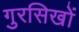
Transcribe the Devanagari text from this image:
गुरसिखों